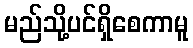
မည်သို့ပင်ရှိစေကာမူ